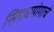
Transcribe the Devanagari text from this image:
सिद्धयोगाचे